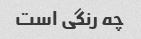
چه رنگی است